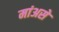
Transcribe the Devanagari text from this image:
मांअसे